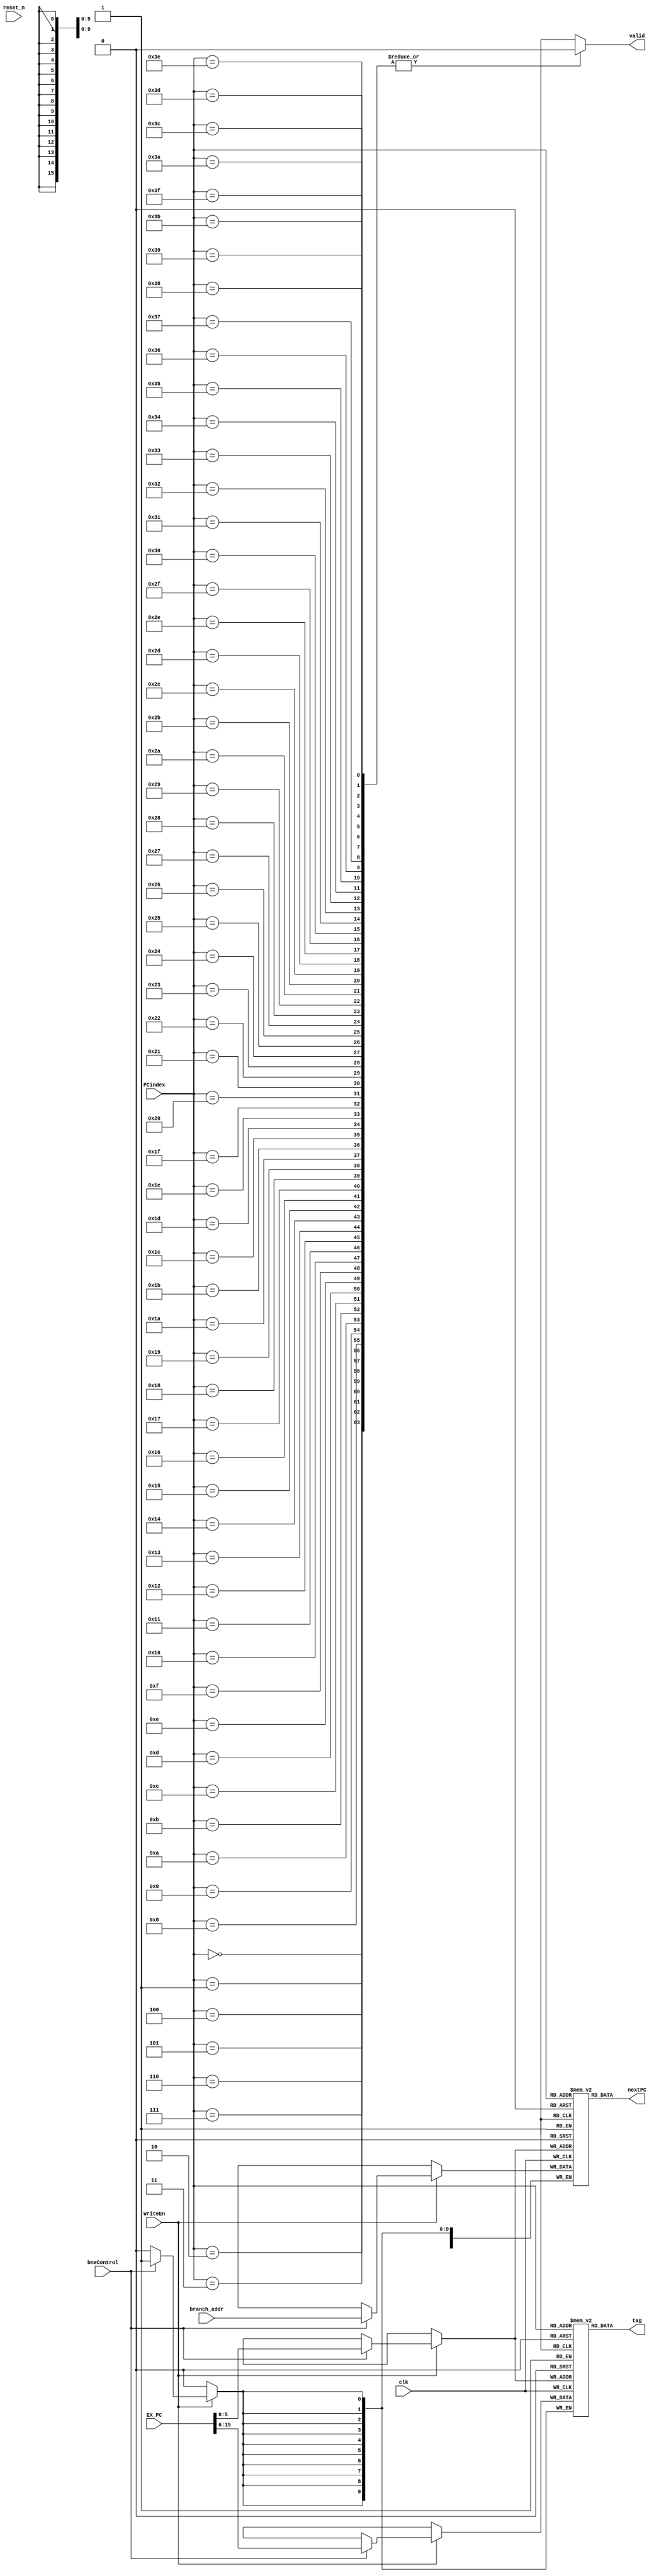
module BTB (clk, reset_n, WriteEn, PCindex, bneControl, EX_PC, branch_addr, valid, tag, nextPC);
	input clk;
	input reset_n;
	input WriteEn;
	input [5:0] PCindex;
	input bneControl;
	input [15:0] EX_PC;
	input [15:0] branch_addr;
	output valid;
	output [9:0] tag;
	output [15:0] nextPC;

	reg ValidCache [0:63];
	reg [9:0] TagCache [0:63];
	reg [15:0] NextPCCache [0:63];
	
	reg [15:0] i;
	
	always @(reset_n) begin
		for (i = 0; i < 64; i=i+1) begin
			ValidCache[i] = 0;
		end
	end
	
	always @(negedge clk) begin
		if (WriteEn == 1'b1) begin
			if (bneControl) begin
				ValidCache[EX_PC[5:0]] = 1'b1;
				TagCache[EX_PC[5:0]] = EX_PC[15:6];
				NextPCCache[EX_PC[5:0]] = branch_addr;
			end
		end
	end
			
	assign valid = ValidCache[PCindex];
	assign tag = TagCache[PCindex];
	assign nextPC = NextPCCache[PCindex];
endmodule